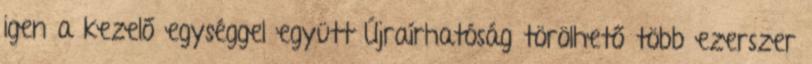
igen a kezelő egységgel együtt Újraírhatóság törölhető több ezerszer